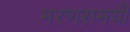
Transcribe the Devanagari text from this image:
मरणसमयी